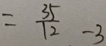
= \frac { 3 5 } { 1 2 } - 3